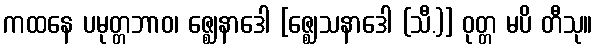
ကထနေ ပမုတ္တဘာဝ၊ ဇ္ဈေနာဒေါ [ဇ္ဈေသနာဒေါ (သီ.)] ဝုတ္တ မပိ တီသု။